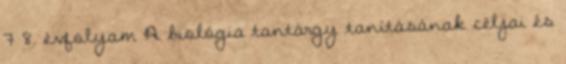
7 8. évfolyam A biológia tantárgy tanításának céljai és